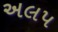
અલપ